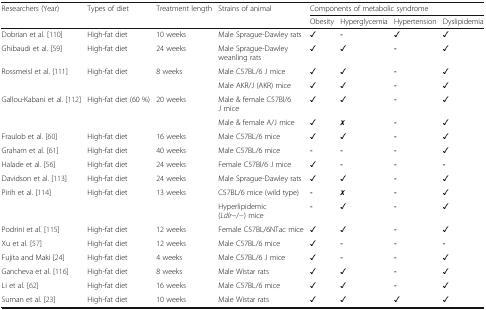
<table><thead><tr><td rowspan="2"><b>Researchers (Year)</b></td><td rowspan="2"><b>Types of diet</b></td><td rowspan="2"><b>Treatment length</b></td><td rowspan="2"><b>Strains of animal</b></td><td colspan="4"><b>Components of metabolic syndrome</b></td></tr><tr><td><b>Obesity</b></td><td><b>Hyperglycemia</b></td><td><b>Hypertension</b></td><td><b>Dyslipidemia</b></td></tr></thead><tbody><tr><td>Dobrian et al. [110]</td><td>High-fat diet</td><td>10 weeks</td><td>Male Sprague-Dawley rats</td><td>✓</td><td><b>-</b></td><td>✓</td><td>✓</td></tr><tr><td>Ghibaudi et al. [59]</td><td>High-fat diet</td><td>24 weeks</td><td>Male Sprague-Dawley weanling rats</td><td>✓</td><td>✓</td><td><b>-</b></td><td>✓</td></tr><tr><td rowspan="2">Rossmeisl et al. [111]</td><td rowspan="2">High-fat diet</td><td rowspan="2">8 weeks</td><td>Male C57BL/6 J mice</td><td>✓</td><td>✓</td><td><b>-</b></td><td>✓</td></tr><tr><td>Male AKR/J (AKR) mice</td><td>✓</td><td>✓</td><td><b>-</b></td><td>✓</td></tr><tr><td rowspan="2">Gallou-Kabani et al. [112]</td><td rowspan="2">High-fat diet (60 %)</td><td rowspan="2">20 weeks</td><td>Male &amp; female C57Bl/6 J mice</td><td>✓</td><td>✓</td><td><b>-</b></td><td>✓</td></tr><tr><td>Male &amp; female A/J mice</td><td>✓</td><td>✗</td><td><b>-</b></td><td>✓</td></tr><tr><td>Fraulob et al. [60]</td><td>High-fat diet</td><td>16 weeks</td><td>Male C57BL/6 mice</td><td>✓</td><td>✓</td><td><b>-</b></td><td>✓</td></tr><tr><td>Graham et al. [61]</td><td>High-fat diet</td><td>40 weeks</td><td>Male C57BL/6 mice</td><td><b>-</b></td><td><b>-</b></td><td><b>-</b></td><td>✓</td></tr><tr><td>Halade et al. [56]</td><td>High-fat diet</td><td>24 weeks</td><td>Female C57Bl/6 J mice</td><td>✓</td><td><b>-</b></td><td><b>-</b></td><td><b>-</b></td></tr><tr><td>Davidson et al. [113]</td><td>High-fat diet</td><td>24 weeks</td><td>Male Sprague-Dawley rats</td><td>✓</td><td>✓</td><td><b>-</b></td><td>✓</td></tr><tr><td rowspan="2">Pirih et al. [114]</td><td rowspan="2">High-fat diet</td><td rowspan="2">13 weeks</td><td>C57BL/6 mice (wild type)</td><td><b>-</b></td><td>✗</td><td><b>-</b></td><td>✓</td></tr><tr><td>Hyperlipidemic (<i>Ldlr</i>−/−) mice</td><td><b>-</b></td><td>✓</td><td><b>-</b></td><td>✓</td></tr><tr><td>Podrini et al. [115]</td><td>High-fat diet</td><td>12 weeks</td><td>Female C57BL/6NTac mice</td><td>✓</td><td>✓</td><td><b>-</b></td><td>✓</td></tr><tr><td>Xu et al. [57]</td><td>High-fat diet</td><td>12 weeks</td><td>Male C57BL/6 mice</td><td>✓</td><td><b>-</b></td><td><b>-</b></td><td><b>-</b></td></tr><tr><td>Fujita and Maki [24]</td><td>High-fat diet</td><td>4 weeks</td><td>Male C57BL/6 J mice</td><td>✓</td><td><b>-</b></td><td><b>-</b></td><td>✓</td></tr><tr><td>Gancheva et al. [116]</td><td>High-fat diet</td><td>8 weeks</td><td>Male Wistar rats</td><td>✓</td><td>✓</td><td><b>-</b></td><td>✓</td></tr><tr><td>Li et al. [62]</td><td>High-fat diet</td><td>16 weeks</td><td>Male C57BL/6 mice</td><td>✓</td><td>✓</td><td><b>-</b></td><td>✓</td></tr><tr><td>Suman et al. [23]</td><td>High-fat diet</td><td>10 weeks</td><td>Male Wistar rats</td><td>✓</td><td>✓</td><td>✓</td><td>✓</td></tr></tbody></table>